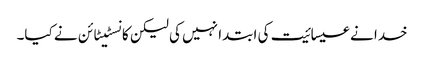
خدا نے عیسائیت کی ابتدا نہیں کی لیکن کانسٹیٹائن نے کیا۔